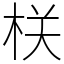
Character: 栚